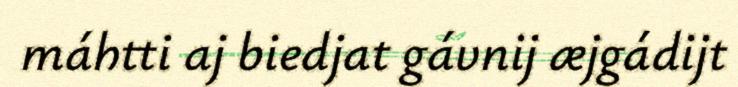
máhtti aj biedjat gávnij æjgádijt